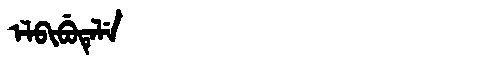
Manchu: ᡝᠯᠪᡳᠪᡠᡨᡝᠯᡝ
Romanization: ELBIBUTELE